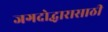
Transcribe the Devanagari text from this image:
जगदोद्धारासाठी